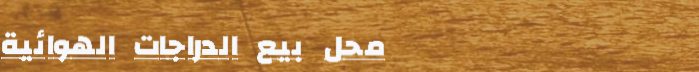
محل بيع الدراجات الهوائية